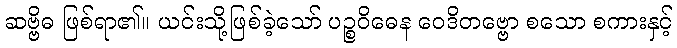
ဆဗ္ဗိဓ ဖြစ်ရာ၏။ ယင်းသို့ဖြစ်ခဲ့သော် ပဉ္စဝိဓေန ဝေဒိတဗ္ဗော စသော စကားနှင့်